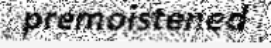
premoistened